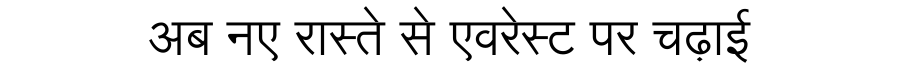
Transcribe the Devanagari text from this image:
अब नए रास्ते से एवरेस्ट पर चढ़ाई